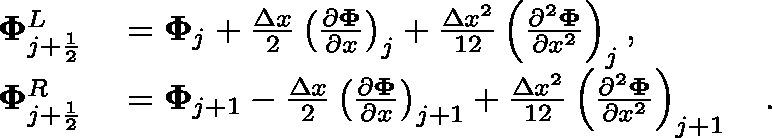
\begin{array} { r l } { \mathbf { \Phi } _ { j + \frac { 1 } { 2 } } ^ { L } } & { { } = \mathbf { { \Phi } } _ { j } + \frac { \Delta x } { 2 } \left( \frac { \partial \mathbf { \Phi } } { \partial x } \right) _ { j } + \frac { \Delta x ^ { 2 } } { 1 2 } \left( \frac { \partial ^ { 2 } \mathbf { \Phi } } { \partial x ^ { 2 } } \right) _ { j } , } \\ { \mathbf { \Phi } _ { j + \frac { 1 } { 2 } } ^ { R } } & { { } = \mathbf { { \Phi } } _ { j + 1 } - \frac { \Delta x } { 2 } \left( \frac { \partial \mathbf { \Phi } } { \partial x } \right) _ { j + 1 } + \frac { \Delta x ^ { 2 } } { 1 2 } \left( \frac { \partial ^ { 2 } \mathbf { \Phi } } { \partial x ^ { 2 } } \right) _ { j + 1 } \quad . } \end{array}